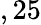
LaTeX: ,25